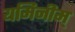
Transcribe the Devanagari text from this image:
यमिनीम्